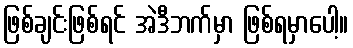
ဖြစ်ချင်းဖြစ်ရင် အဲဒီဘက်မှာ ဖြစ်ရမှာပေါ့။